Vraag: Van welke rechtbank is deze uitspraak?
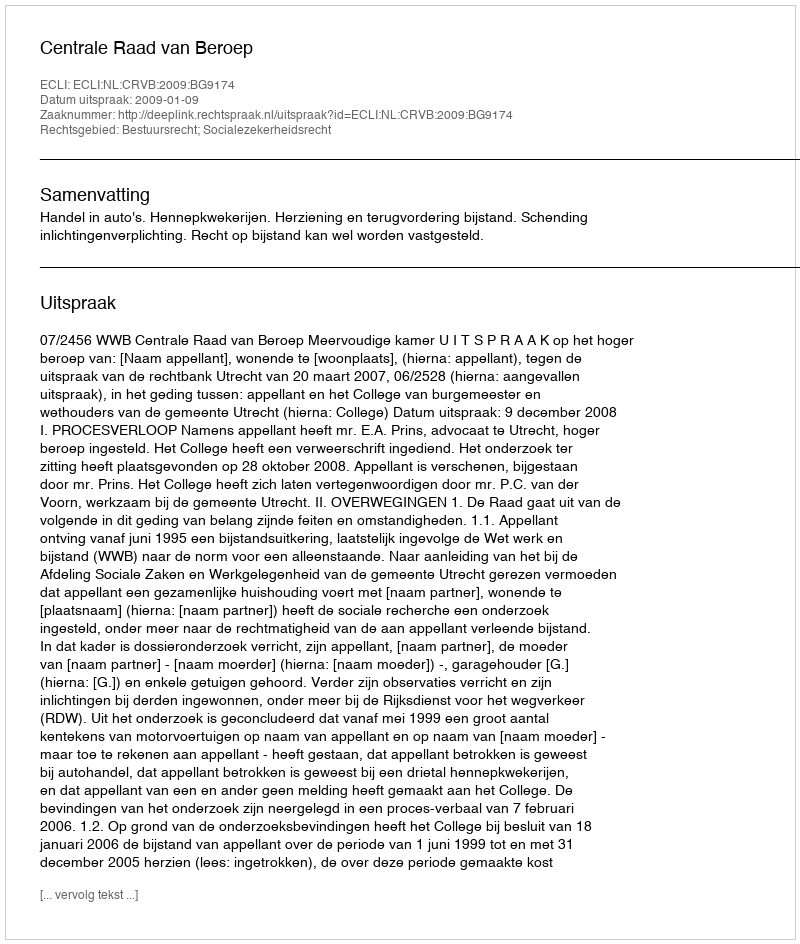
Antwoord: Centrale Raad van Beroep